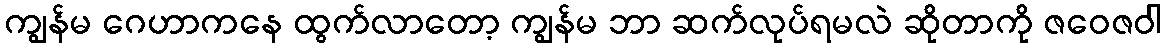
ကျွန်မ ဂေဟာကနေ ထွက်လာတော့ ကျွန်မ ဘာ ဆက်လုပ်ရမလဲ ဆိုတာကို ဇဝေဇဝါ